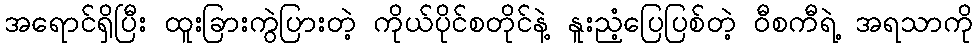
အရောင်ရှိပြီး ထူးခြားကွဲပြားတဲ့ ကိုယ်ပိုင်စတိုင်နဲ့ နူးညံ့ပြေပြစ်တဲ့ ဝီစကီရဲ့ အရသာကို